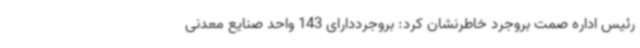
رئیس اداره صمت بروجرد خاطرنشان کرد: بروجرددارای 143 واحد صنایع معدنی